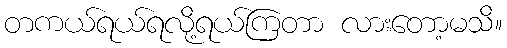
တကယ်ရယ်ရလို့ရယ်ကြတာ လားတော့မသိ။